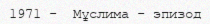
1971 -  Мұслима - эпизод